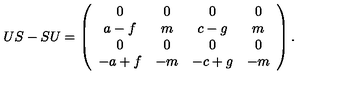
U S - S U = \left( \begin{array} { c c c c } { 0 } & { 0 } & { 0 } & { 0 } \\ { a - f } & { m } & { c - g } & { m } \\ { 0 } & { 0 } & { 0 } & { 0 } \\ { - a + f } & { - m } & { - c + g } & { - m } \\ \end{array} \right) .